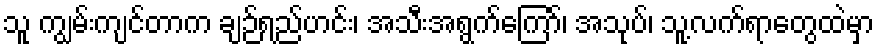
သူ ကျွမ်းကျင်တာက ချဉ်ရည်ဟင်း၊ အသီးအရွက်ကြော်၊ အသုပ်၊ သူ့လက်ရာတွေထဲမှာ